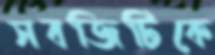
সবজিটিকে